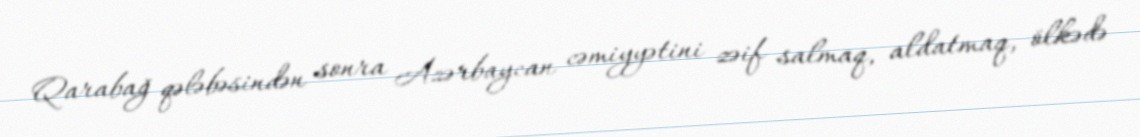
Qarabağ qələbəsindən sonra Azərbaycan cəmiyyətini zəif salmaq, aldatmaq, ölkədə